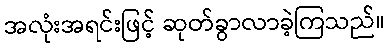
အလုံးအရင်းဖြင့် ဆုတ်ခွာလာခဲ့ကြသည်။